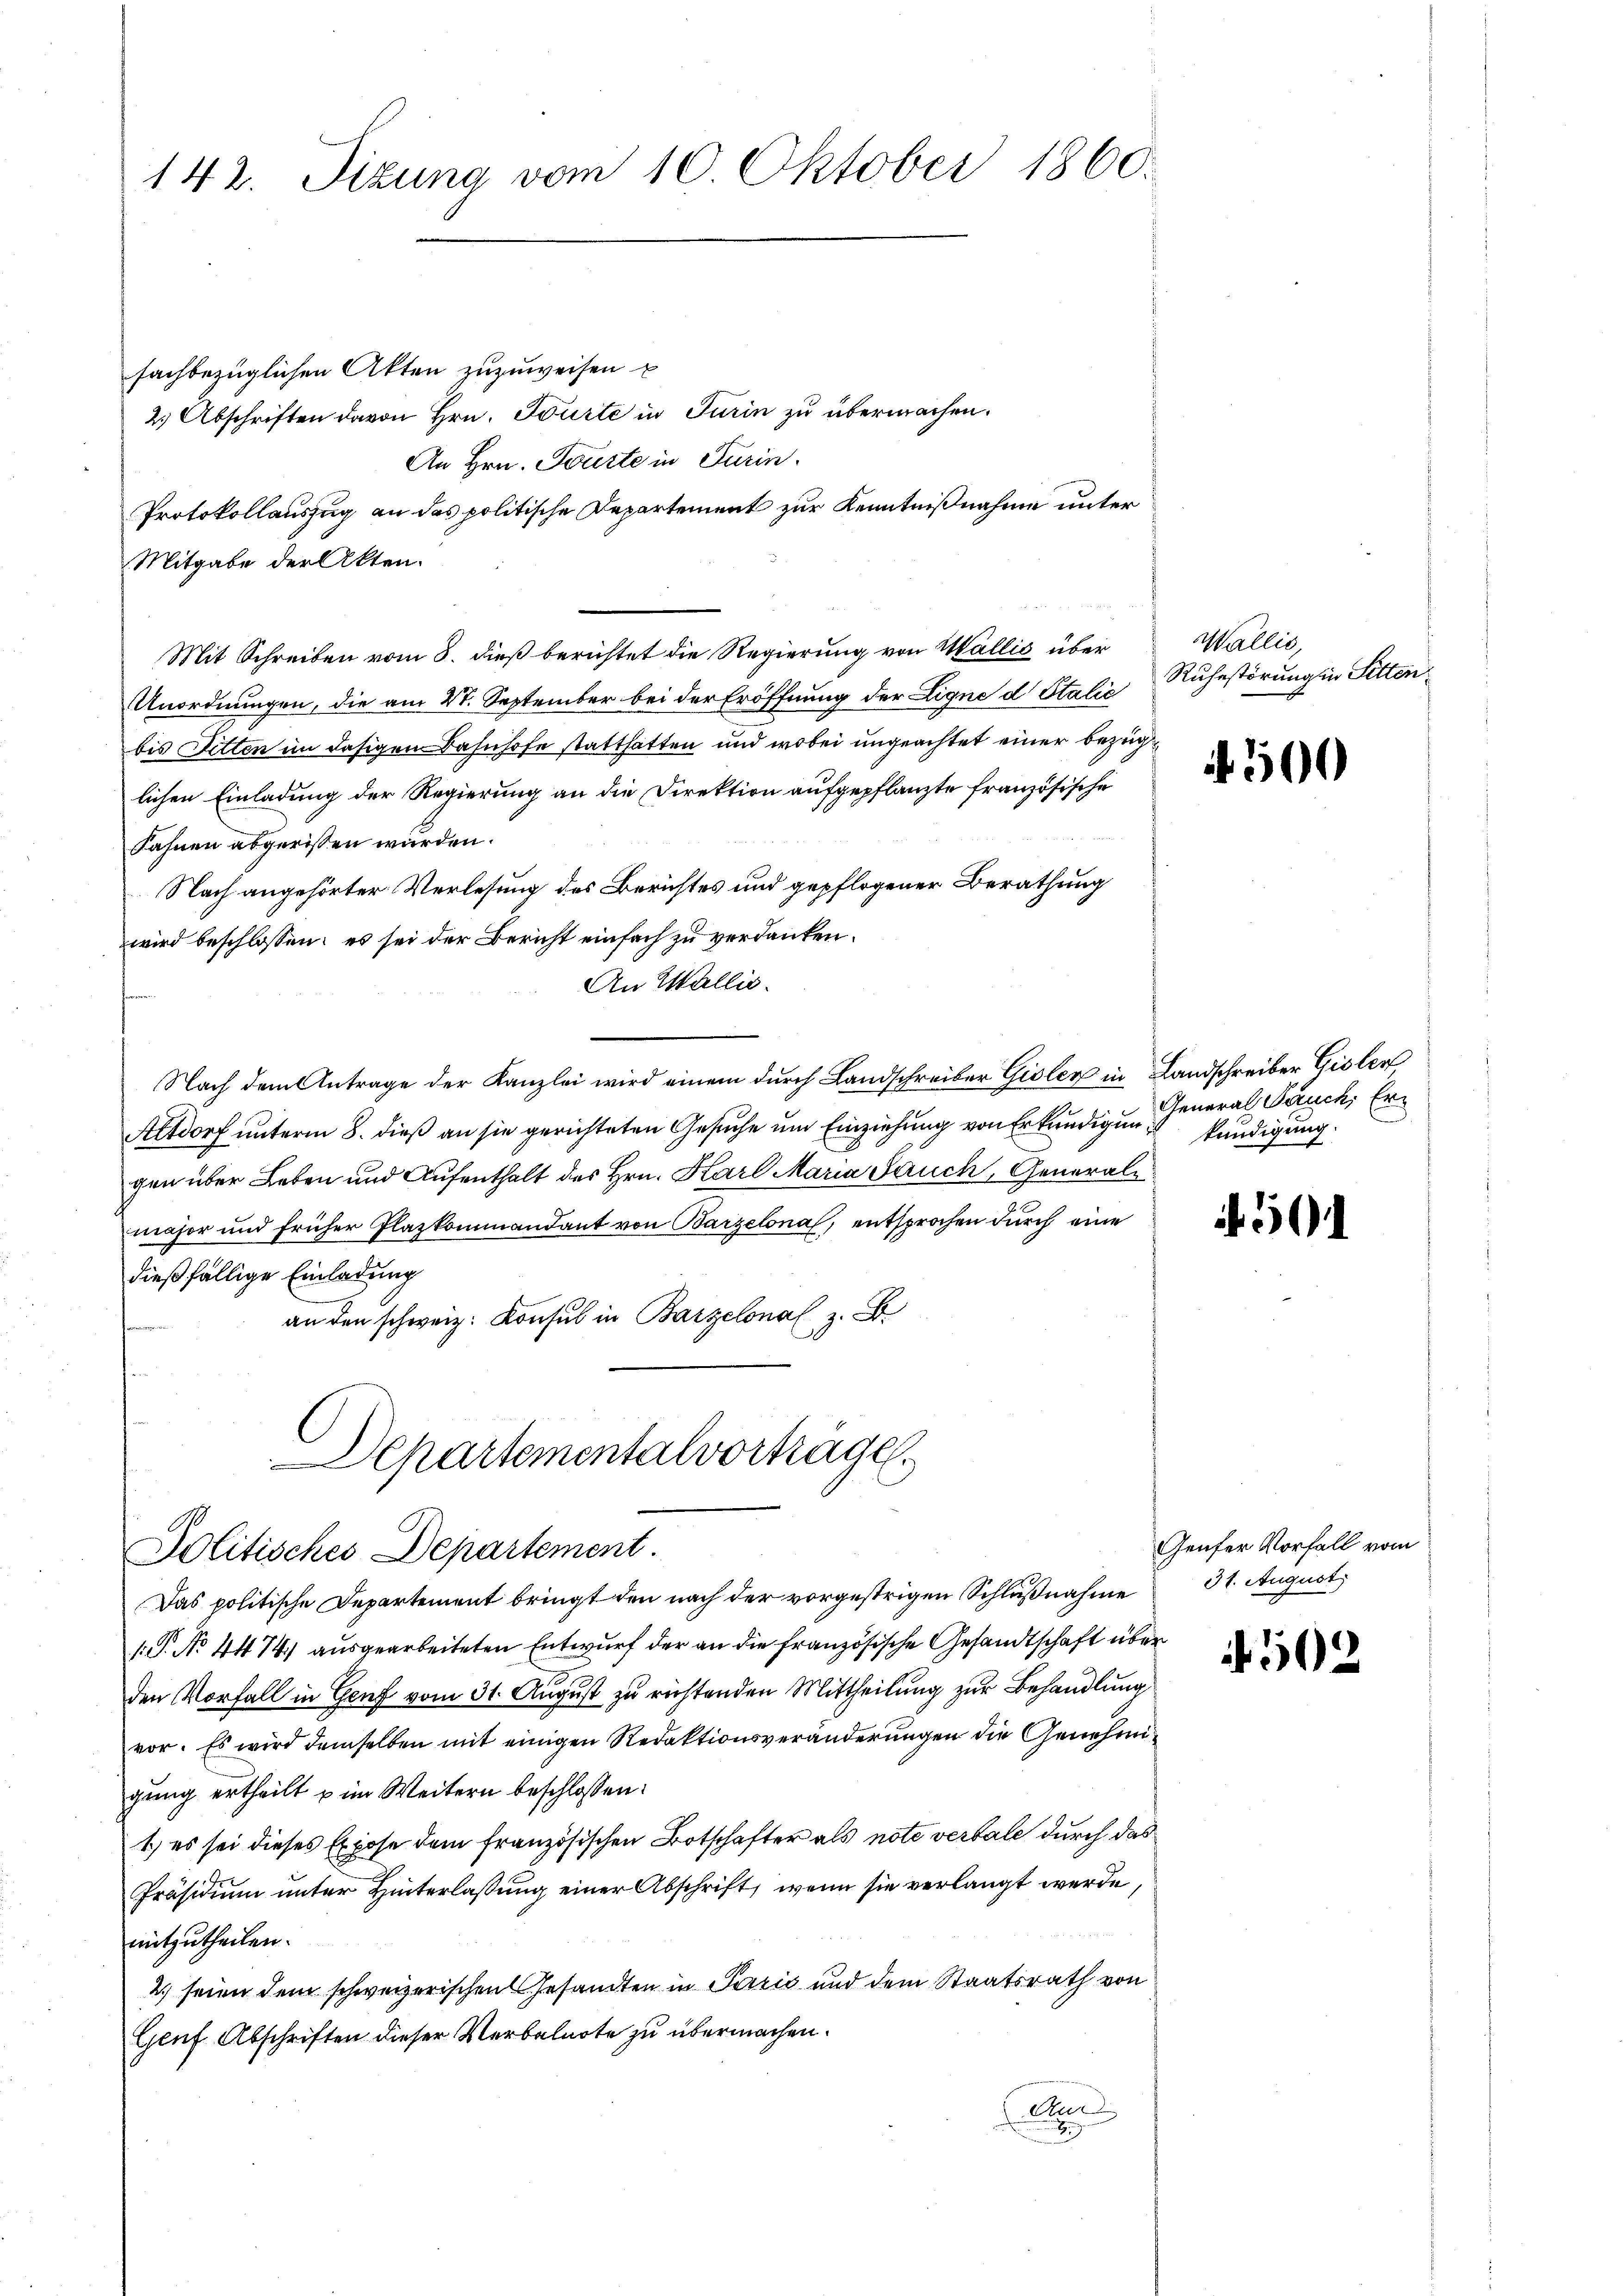
142. Sizung vom 10. Oktober 1860.

fachbezüglichen Akten zuzuweisen
2.) Abschriften davon Hrn. Tourte in Turin zu übermachen.
An Hrn. Tourte in Turin.
Protokollauszug an das politische Departement zur Kenntnißnahme unter
Mitgabe der Akten.
Mit Schreiben vom 8. dieß berichtet die Regierung von Wallić über
Unordnungen, die am 21. September bei der Eröffnung der Ligne d Italie
bis Sitten im dasigen Bahnhofe statthatten und wobei ungeachtet einer bezüg
lichen Einladung der Regierung an die Direktion aufgepflanzte französische
Fahnen abgerissen würden.
Nach angehörter Verlesung des Berichtes und gepflogener Berathung
wird beschlossen: es sei der Bericht einfach zu verdanken.
An Wallis.
Nach dem Antrage der Kanzlei wird einem durch Landschreiber Gisler in Landschreiber Gisler
Altdorf unterm 8. dieß an sie gerichteten Gesuche um Einziehung von Erkundigungen über Leben und Aufenthalt des Hrn. Karl Maria Sauch, Generale
maher und früher Plazkommandant von Barzelona, entsprochen durch eine
dießfällige Einladung
an den schweiz. Konsul in Barzelonal z. B.
Departementalvortrages

Politisches Departement

Das politische Departement bringt den nach der vorgestrigen Schlußnahme
1.P. No 4474) ausgearbeiteten Entwurf der an die französische Gesandtschaft über
den Vorfall in Genf vom 31. August zu richtenden Mittheilung zur Behandlung
vor. Es wird demselben mit einigen Redaktionsveränderungen die Genehmigung ertheilt u im Weitern beschlossen:
1.) es sei dieses Expose dem französischen Botschafter als note verbale durch das
Präsidium unter Hinterlassung einer Abschrift, wenn sie verlangt werde,
mitzutheilen.
2) seien dem schweizerischen Gesandten in Pazić und dem Staatsrath von
Geuf Abschriften dieser Verbalnote zu übermachen.
A

Wallis,
Ruhestörung in Sitten

500

General Stuck, Erkündigung.

5

Genfer Vorfall vom
31. August

502